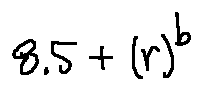
8 . 5 + ( r ) ^ { b }